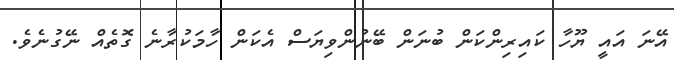
އޭނަ އައީ ޔޫހާ ކައިރިންކަން ބުނަން ބޭނުންވިޔަސް އެކަން ހާމަކުރާނެ ގޮތެއް ނޭގުނެވެ.